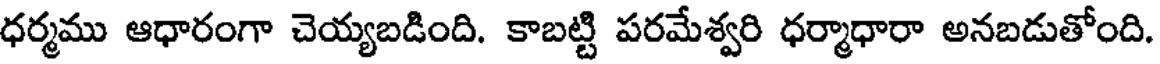
ధర్మము ఆధారంగా చెయ్యబడింది. కాబట్టి పరమేశ్వరి ధర్మాధారా అనబడుతోంది.